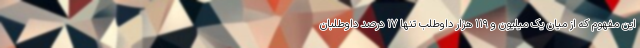
این مفهوم که از میان یک میلیون و ۱۱۹ هزار داوطلب تنها ۱۷ درصد داوطلبان